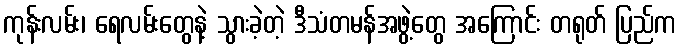
ကုန်းလမ်း၊ ရေလမ်းတွေနဲ့ သွားခဲ့တဲ့ ဒီသံတမန်အဖွဲ့တွေ အကြောင်း တရုတ် ပြည်က